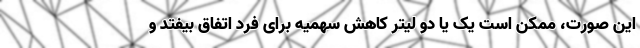
این صورت، ممکن است یک یا دو لیتر کاهش سهمیه برای فرد اتفاق بیفتد و